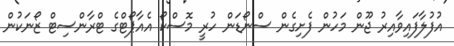
އުފުލާފައިވާއިރު ޖޫން މަހުން ފެށިގެން ސްނޯޑަން ހުރީ މޮސްކޯ އެއާޕޯޓްގެ ޓްރާންސިޓް ޒޯނަކުން